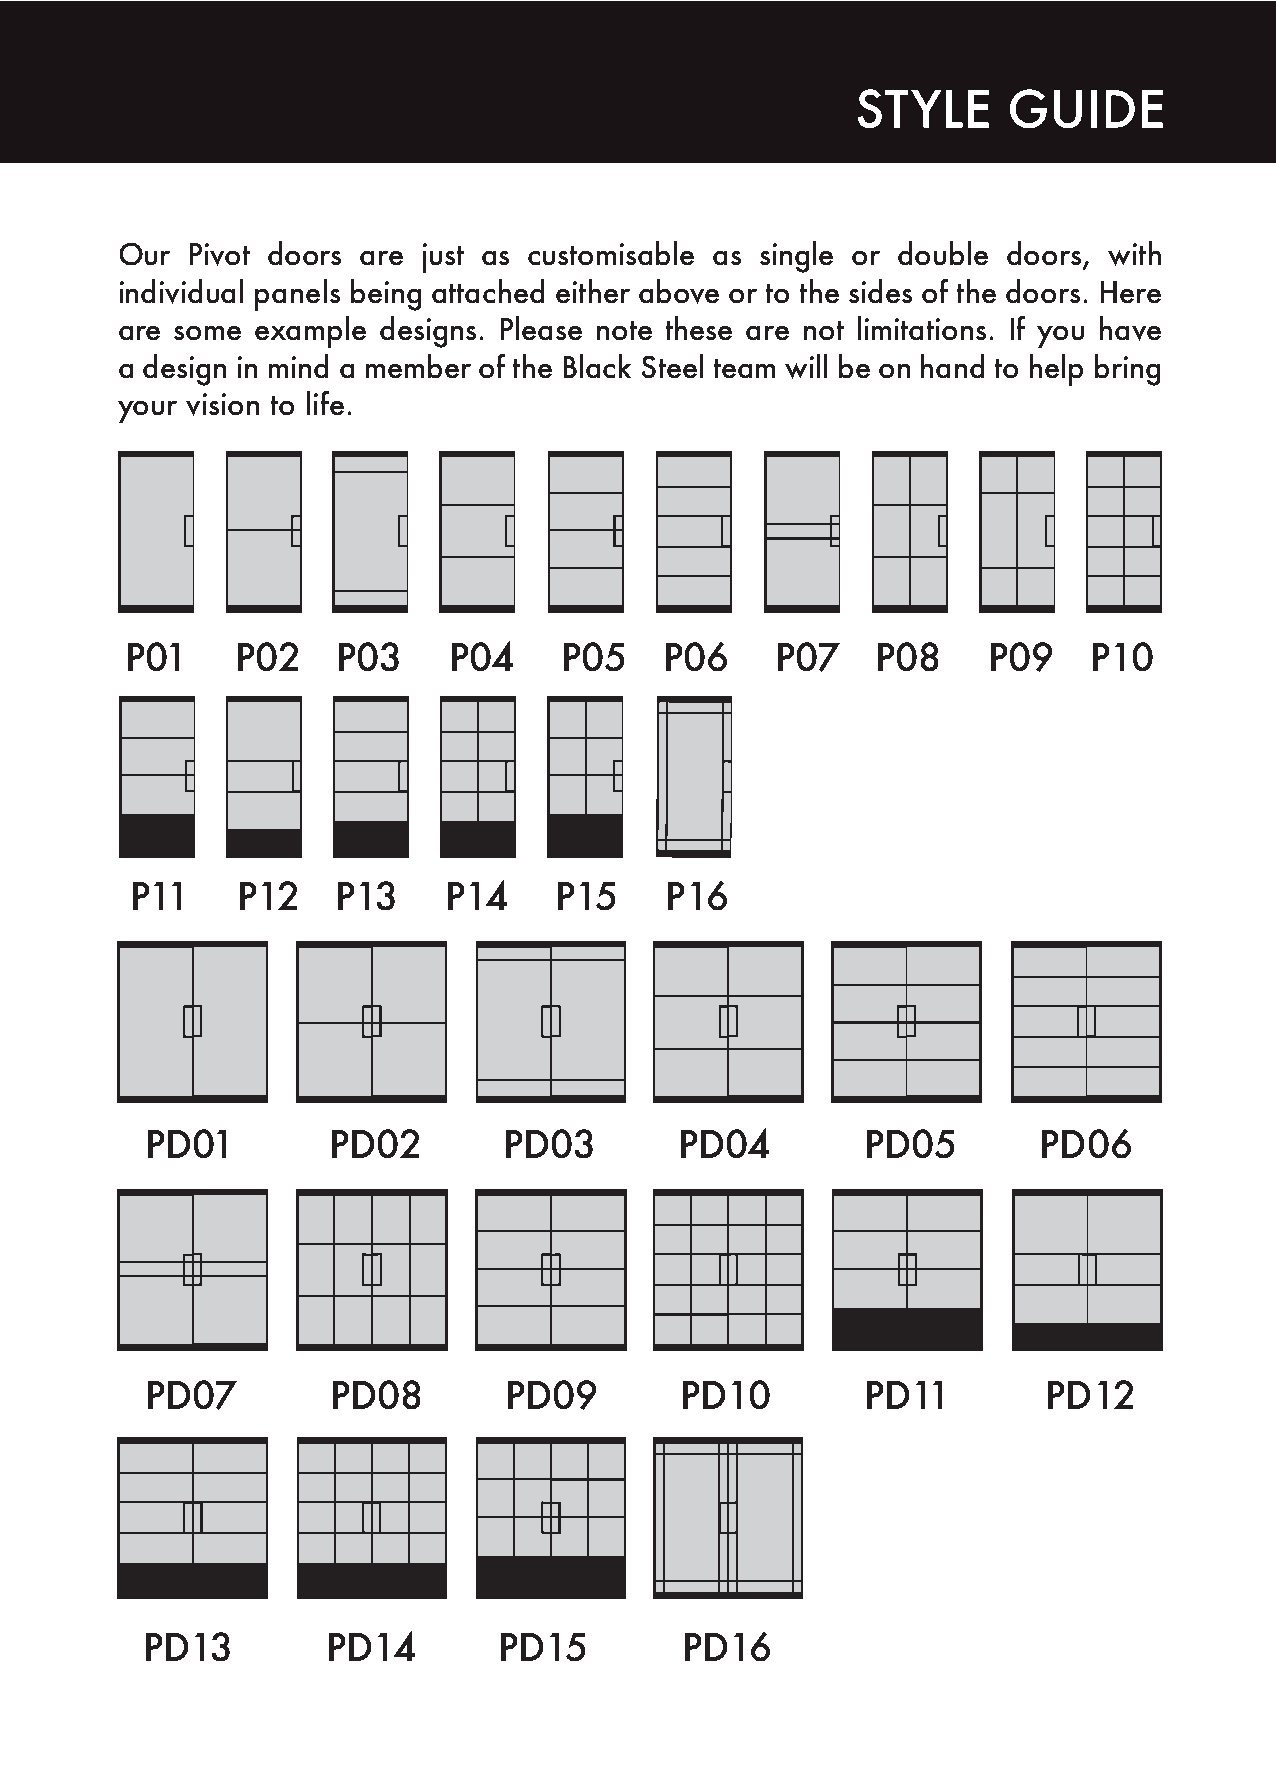
STYLE     GUIDE
 Our Pivot doors are just as customisable as single or double doors, with
 individual panels being attached either above or to the sides of the doors. Here
 are some example designs. Please note these are not limitations. If you have
 a design in mind a member of the Black Steel team will be on hand to help bring
 your vision to life.
 P01     P02   P03     P04    P05    P06    P07    P08    P09    P10
 P11    P12   P13    P14     P15    P16
 PD01        PD02       PD03        PD04        PD05        PD06
 PD07        PD08       PD09        PD10        PD11        PD12
 PD13         PD14       PD15        PD16